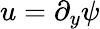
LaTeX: u=\partial_{y}\psi